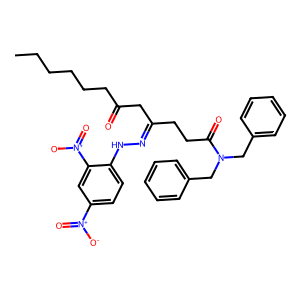
SMILES: CCCCCCC(=O)CC(CCC(=O)N(Cc1ccccc1)Cc1ccccc1)=NNc1ccc([N+](=O)[O-])cc1[N+](=O)[O-]
Inhibits HIV replication: No